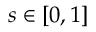
s \in [ 0 , 1 ]